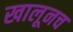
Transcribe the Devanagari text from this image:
खालूनच